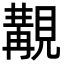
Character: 覯